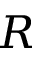
R